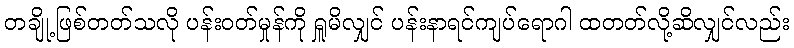
တချို့ဖြစ်တတ်သလို ပန်းဝတ်မှုန်ကို ရှူမိလျှင် ပန်းနာရင်ကျပ်ရောဂါ ထတတ်လို့ဆိလျှင်လည်း